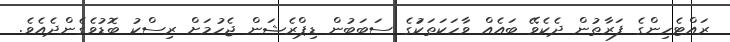
ރައްޓެހިންގެ ފަރާތުން ދެކެވޭ ބައެއް ވާހަކަތަކަުގެ ސަބަބުން ޑިޕްރެޝަން ޖެހުމަށް ރިސްކު ބޮޑުވެގެންދެއެވެ.